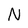
Character: N